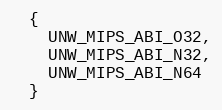
Language: C
  {
    UNW_MIPS_ABI_O32,
    UNW_MIPS_ABI_N32,
    UNW_MIPS_ABI_N64
  }